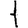
Digit: 1